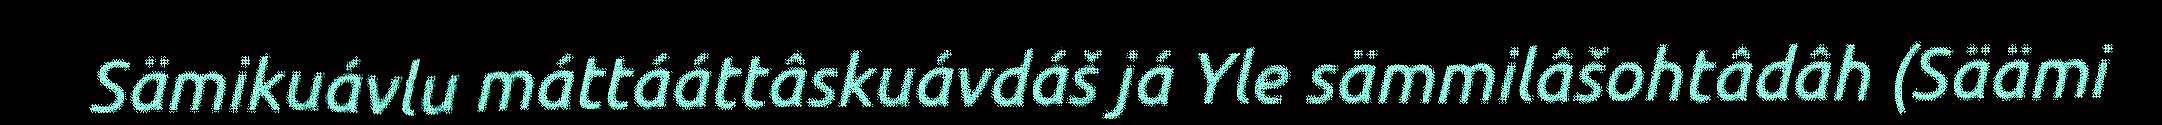
Sämikuávlu máttááttâskuávdáš já Yle sämmilâšohtâdâh (Säämi